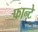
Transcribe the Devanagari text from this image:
फान्टे